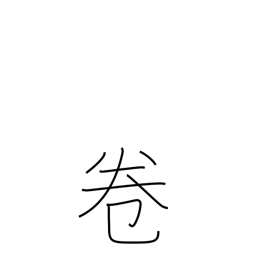
Meaning: part